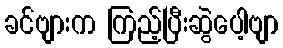
ခင်ဗျားက ကြည့်ပြီးဆွဲပေါ့ဗျာ